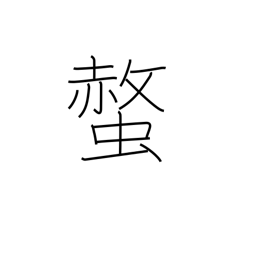
Meaning: bee sting